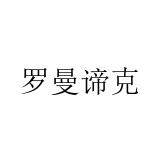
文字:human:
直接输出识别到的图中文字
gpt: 罗曼谛克